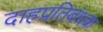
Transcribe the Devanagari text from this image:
दाहप्रतिबंधक